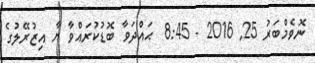
ނޮވެމްބަރު 25